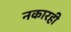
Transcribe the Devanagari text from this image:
नकारही